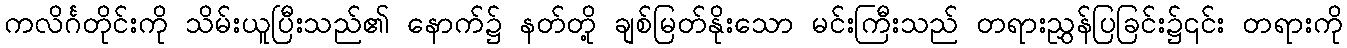
ကလိင်္ဂတိုင်းကို သိမ်းယူပြီးသည်၏ နောက်၌ နတ်တို့ ချစ်မြတ်နိုးသော မင်းကြီးသည် တရားညွှန်ပြခြင်း၌၎င်း တရားကို